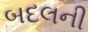
બદલની